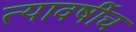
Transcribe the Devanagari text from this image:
त्यावर्षीच